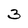
Character: 3